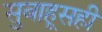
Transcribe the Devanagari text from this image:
सुबाहूसही